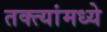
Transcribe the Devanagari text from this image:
तक्त्यांमध्ये